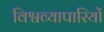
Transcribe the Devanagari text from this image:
विश्वव्यापारियों